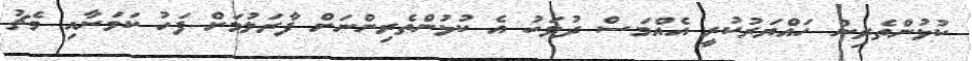
ކުޅުންތެރިން ހައްޔަރުކުރީ އެއްމަސް ދުވަހު އެ ކުޅުންތެރިންނަށް ފާރަލުމަށް ފަހު ކަމަށާއި މެޗު